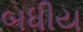
બધીય